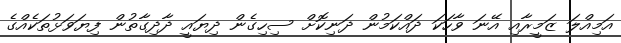
އަމިއްލަ ޒަމީރާއި އޭނަ ވާހަކަ ދައްކަމުން ދަނިކޮށް ސިހިގެން ދިޔައީ ދާދިގާތުން ފިޔަވަޅުތަކެއްގެ